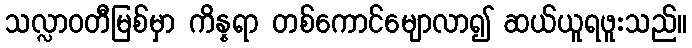
သလ္လာဝတီမြစ်မှာ ကိန္နရာ တစ်ကောင်မျောလာ၍ ဆယ်ယူရဖူးသည်။